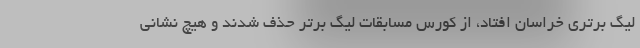
لیگ برتری خراسان افتاد، از کورس مسابقات لیگ برتر حذف شدند و هیچ نشانی